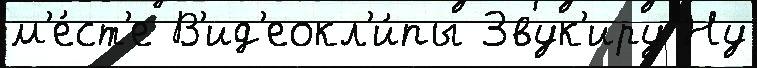
м'е́ст'е В'ид'еокл'и́пы Звук'иру Ну